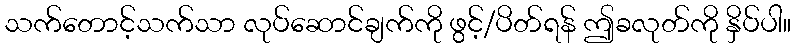
သက်တောင့်သက်သာ လုပ်ဆောင်ချက်ကို ဖွင့်/ပိတ်ရန် ဤခလုတ်ကို နှိပ်ပါ။